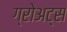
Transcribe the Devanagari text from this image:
ग्रोअट्स